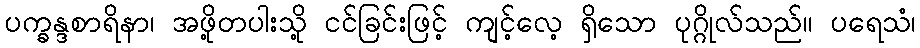
ပက္ခန္ဒစာရိနာ၊ အဖို့တပါးသို့ ငင်ခြင်းဖြင့် ကျင့်လေ့ ရှိသော ပုဂ္ဂိုလ်သည်။ ပရေသံ၊